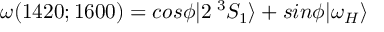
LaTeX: \omega ( 1 4 2 0 ; 1 6 0 0 ) = c o s \phi | 2 \: ^ { 3 } S _ { 1 } \rangle + s i n \phi | \omega _ { H } \rangle